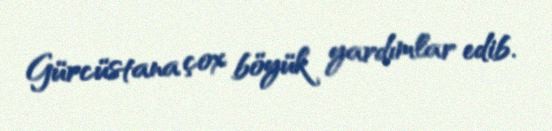
Gürcüstana çox böyük yardımlar edib.